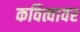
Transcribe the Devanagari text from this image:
कवित्वावर